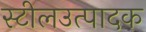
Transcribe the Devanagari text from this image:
स्टीलउत्पादक